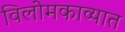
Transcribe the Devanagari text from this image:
विलोमकाव्यात